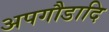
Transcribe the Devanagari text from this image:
अपगौडादि